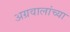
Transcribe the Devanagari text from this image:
अग्रवालांच्या